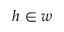
h \in w